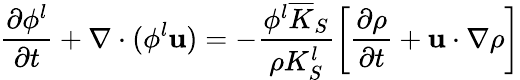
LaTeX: \frac{\partial\phi^{l}}{\partial t}+\nabla\cdot(\phi^{l}\mathbf{u})=-\frac{\phi^{l}\overline{{K}}_{S}}{\rho K_{S}^{l}}\left[\frac{\partial\rho}{\partial t}+\mathbf{u}\cdot\nabla\rho\right]